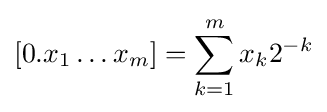
[0.x_{1}\ldots x_{m}]=\sum _{k=1}^{m}x_{k}2^{-k}